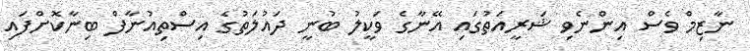
ނާޒިމް ވެސް އިންނެވި ޝަރީއަތުގައި އޭނާގެ ވަކީލު ބުނީ ދައުލަތުގެ އިސްތިއުނާފް ބިނާކޮށްފައި